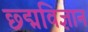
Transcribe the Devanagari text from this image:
छ्द्मविज्ञान